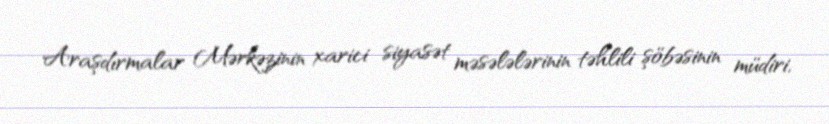
Araşdırmalar Mərkəzinin xarici siyasət məsələlərinin təhlili şöbəsinin müdiri,